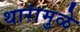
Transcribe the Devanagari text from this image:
थारांमुळे